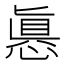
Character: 㥲